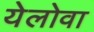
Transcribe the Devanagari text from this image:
येलोवा